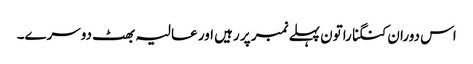
اس دوران کنگنا راتون پہلے نمبر پر رہیں اور عالیہ بھٹ دوسرے۔